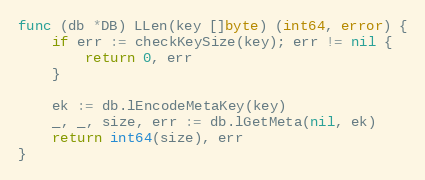
Language: Go
func (db *DB) LLen(key []byte) (int64, error) {
	if err := checkKeySize(key); err != nil {
		return 0, err
	}

	ek := db.lEncodeMetaKey(key)
	_, _, size, err := db.lGetMeta(nil, ek)
	return int64(size), err
}